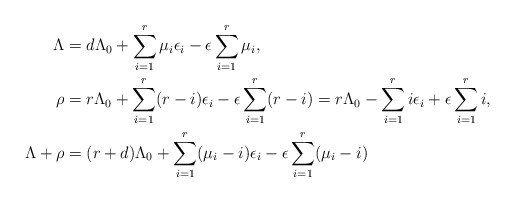
\begin{align*}\Lambda&=d\Lambda_0 +\sum_{i=1}^{r} \mu_i\epsilon_i -\epsilon\sum_{i=1}^{r}\mu_i,\\\rho&=r\Lambda_0+\sum_{i=1}^r (r-i)\epsilon_i-\epsilon\sum_{i=1}^r (r-i)=r\Lambda_0-\sum_{i=1}^r i\epsilon_i+\epsilon\sum_{i=1}^r i,\\\Lambda+\rho&=(r+d)\Lambda_0 +\sum_{i=1}^{r} (\mu_i-i)\epsilon_i -\epsilon\sum_{i=1}^{r}(\mu_i-i)\end{align*}